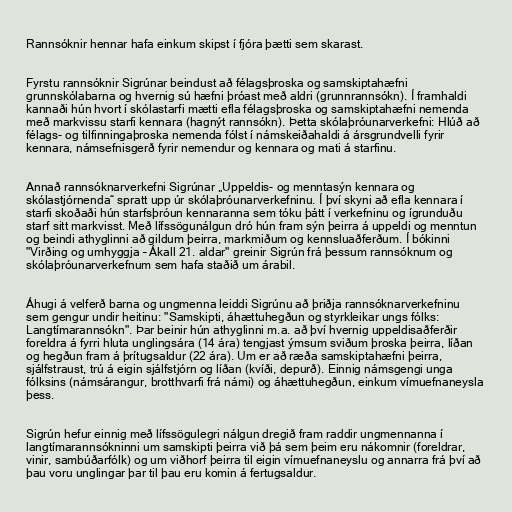
Rannsóknir hennar hafa einkum skipst í fjóra þætti sem skarast.

Fyrstu rannsóknir Sigrúnar beindust að félagsþroska og samskiptahæfni
grunnskólabarna og hvernig sú hæfni þróast með aldri (grunnrannsókn). Í framhaldi
kannaði hún hvort í skólastarfi mætti efla félagsþroska og samskiptahæfni nemenda
með markvissu starfi kennara (hagnýt rannsókn). Þetta skólaþróunarverkefni: Hlúð að
félags- og tilfinningaþroska nemenda fólst í námskeiðahaldi á ársgrundvelli fyrir
kennara, námsefnisgerð fyrir nemendur og kennara og mati á starfinu.

Annað rannsóknarverkefni Sigrúnar „Uppeldis- og menntasýn kennara og
skólastjórnenda“ spratt upp úr skólaþróunarverkefninu. Í því skyni að efla kennara í
starfi skoðaði hún starfsþróun kennaranna sem tóku þátt í verkefninu og ígrunduðu
starf sitt markvisst. Með lífssögunálgun dró hún fram sýn þeirra á uppeldi og menntun
og beindi athyglinni að gildum þeirra, markmiðum og kennsluaðferðum. Í bókinni
"Virðing og umhyggja – Ákall 21. aldar" greinir Sigrún frá þessum rannsóknum og
skólaþróunarverkefnum sem hafa staðið um árabil.

Áhugi á velferð barna og ungmenna leiddi Sigrúnu að þriðja rannsóknarverkefninu
sem gengur undir heitinu: "Samskipti, áhættuhegðun og styrkleikar ungs fólks:
Langtímarannsókn". Þar beinir hún athyglinni m.a. að því hvernig uppeldisaðferðir
foreldra á fyrri hluta unglingsára (14 ára) tengjast ýmsum sviðum þroska þeirra, líðan
og hegðun fram á þrítugsaldur (22 ára). Um er að ræða samskiptahæfni þeirra,
sjálfstraust, trú á eigin sjálfstjórn og líðan (kvíði, depurð). Einnig námsgengi unga
fólksins (námsárangur, brotthvarfi frá námi) og áhættuhegðun, einkum vímuefnaneysla
þess.

Sigrún hefur einnig með lífssögulegri nálgun dregið fram raddir ungmennanna í
langtímarannsókninni um samskipti þeirra við þá sem þeim eru nákomnir (foreldrar,
vinir, sambúðarfólk) og um viðhorf þeirra til eigin vímuefnaneyslu og annarra frá því að
þau voru unglingar þar til þau eru komin á fertugsaldur.